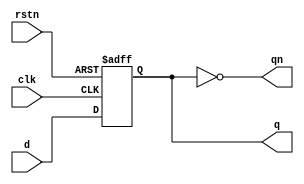
module dff (
    input d,  
    input clk,  
    input rstn,  
    output reg q,  
    output qn);  

    always @ (posedge clk or negedge rstn)  
      if (!rstn) q <= 0;  
      else q <= d;  
    assign qn = ~q;  
endmodule  
  
module ring (
    input clk,  
    input rstn,  
    input [3:0] xin,
    output [3:0] out);  

    wire  q3, q_bar3;  
    wire  q2, q_bar2;
    wire  q1, q_bar1;
    wire  q0, q_bar0; 
  
    dff dff0 ( .d (xin[1]),  
      .clk (clk),  
      .rstn (rstn),  
      .q (q0),  
      .qn (q_bar0));  
  
    dff dff1 ( .d (xin[2]),  
      .clk (clk),  
      .rstn (rstn),  
      .q (q1),  
      .qn (q_bar1)); 
    
    dff dff2 ( .d (xin[3]),  
      .clk (clk),  
      .rstn (rstn),  
      .q (q2),  
      .qn (q_bar2));  
    
    dff dff3 ( .d (xin[0]^xin[1]),  
      .clk (clk),  
      .rstn (rstn),  
      .q (q3),  
      .qn (q_bar3));  
   assign out = {q3,q2,q1,q0};
   
endmodule